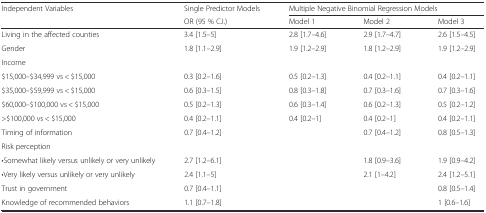
<table><thead><tr><td rowspan="2"><b>Independent Variables</b></td><td><b>Single Predictor Models</b></td><td colspan="3"><b>Multiple Negative Binomial Regression Models</b></td></tr><tr><td><b>OR (95 % C.I.)</b></td><td><b>Model 1</b></td><td><b>Model 2</b></td><td><b>Model 3</b></td></tr></thead><tbody><tr><td>Living in the affected counties</td><td>3.4 [1.5–5]</td><td>2.8 [1.7–4.6]</td><td>2.9 [1.7–4.7]</td><td>2.6 [1.5–4.5]</td></tr><tr><td>Gender</td><td>1.8 [1.1–2.9]</td><td>1.9 [1.2–2.9]</td><td>1.8 [1.2–2.9]</td><td>1.9 [1.2–2.9]</td></tr><tr><td colspan="5">Income</td></tr><tr><td>$15,000–$34,999 vs &lt; $15,000</td><td>0.3 [0.2–1.6]</td><td>0.5 [0.2–1.3]</td><td>0.4 [0.2–1.1]</td><td>0.4 [0.2–1.1]</td></tr><tr><td>$35,000–$59,999 vs &lt; $15,000</td><td>0.6 [0.3–1.5]</td><td>0.8 [0.3–1.8]</td><td>0.7 [0.3–1.6]</td><td>0.7 [0.3–1.6]</td></tr><tr><td>$60,000–$100,000 vs &lt; $15,000</td><td>0.5 [0.2–1.3]</td><td>0.6 [0.3–1.4]</td><td>0.6 [0.2–1.3]</td><td>0.5 [0.2–1.2]</td></tr><tr><td>&gt;$100,000 vs &lt; $15,000</td><td>0.4 [0.2–1.1]</td><td>0.4 [0.2–1]</td><td>0.4 [0.2–1]</td><td>0.4 [0.2–1.1]</td></tr><tr><td>Timing of information</td><td>0.7 [0.4–1.2]</td><td></td><td>0.7 [0.4–1.2]</td><td>0.8 [0.5–1.3]</td></tr><tr><td colspan="5">Risk perception</td></tr><tr><td>•Somewhat likely versus unlikely or very unlikely</td><td>2.7 [1.2–6.1]</td><td></td><td>1.8 [0.9–3.6]</td><td>1.9 [0.9–4.2]</td></tr><tr><td>•Very likely versus unlikely or very unlikely</td><td>2.4 [1.1–5]</td><td></td><td>2.1 [1–4.2]</td><td>2.4 [1.2–5.1]</td></tr><tr><td>Trust in government</td><td>0.7 [0.4–1.1]</td><td></td><td></td><td>0.8 [0.5–1.4]</td></tr><tr><td>Knowledge of recommended behaviors</td><td>1.1 [0.7–1.8]</td><td></td><td></td><td>1 [0.6–1.6]</td></tr></tbody></table>